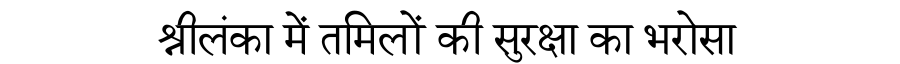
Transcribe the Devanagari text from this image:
श्रीलंका में तमिलों की सुरक्षा का भरोसा